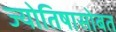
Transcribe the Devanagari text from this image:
ज्योतिषासोबत